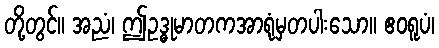
တို့တွင်။ အညံ၊ ဤဥဒ္ဓုမာတကအာရုံမှတပါးသော။ ဧဝရူပံ၊